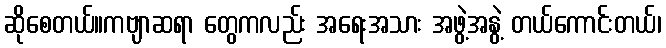
ဆိုစေတယ်။ကဗျာဆရာ တွေကလည်း အရေးအသား အဖွဲ့အနွဲ့ တယ်ကောင်းတယ်၊